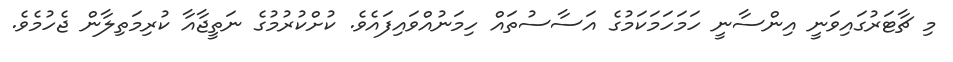
މި ޗާޓަރުގައިވަނީ އިންސާނީ ހަމަހަމަކަމުގެ އަސާސުތައް ހިމަނުއްވައިފައެވެ. ކުށްކުރުމުގެ ނަތީޖާއާ ކުރިމަތިލާން ޖެހުމެވެ.